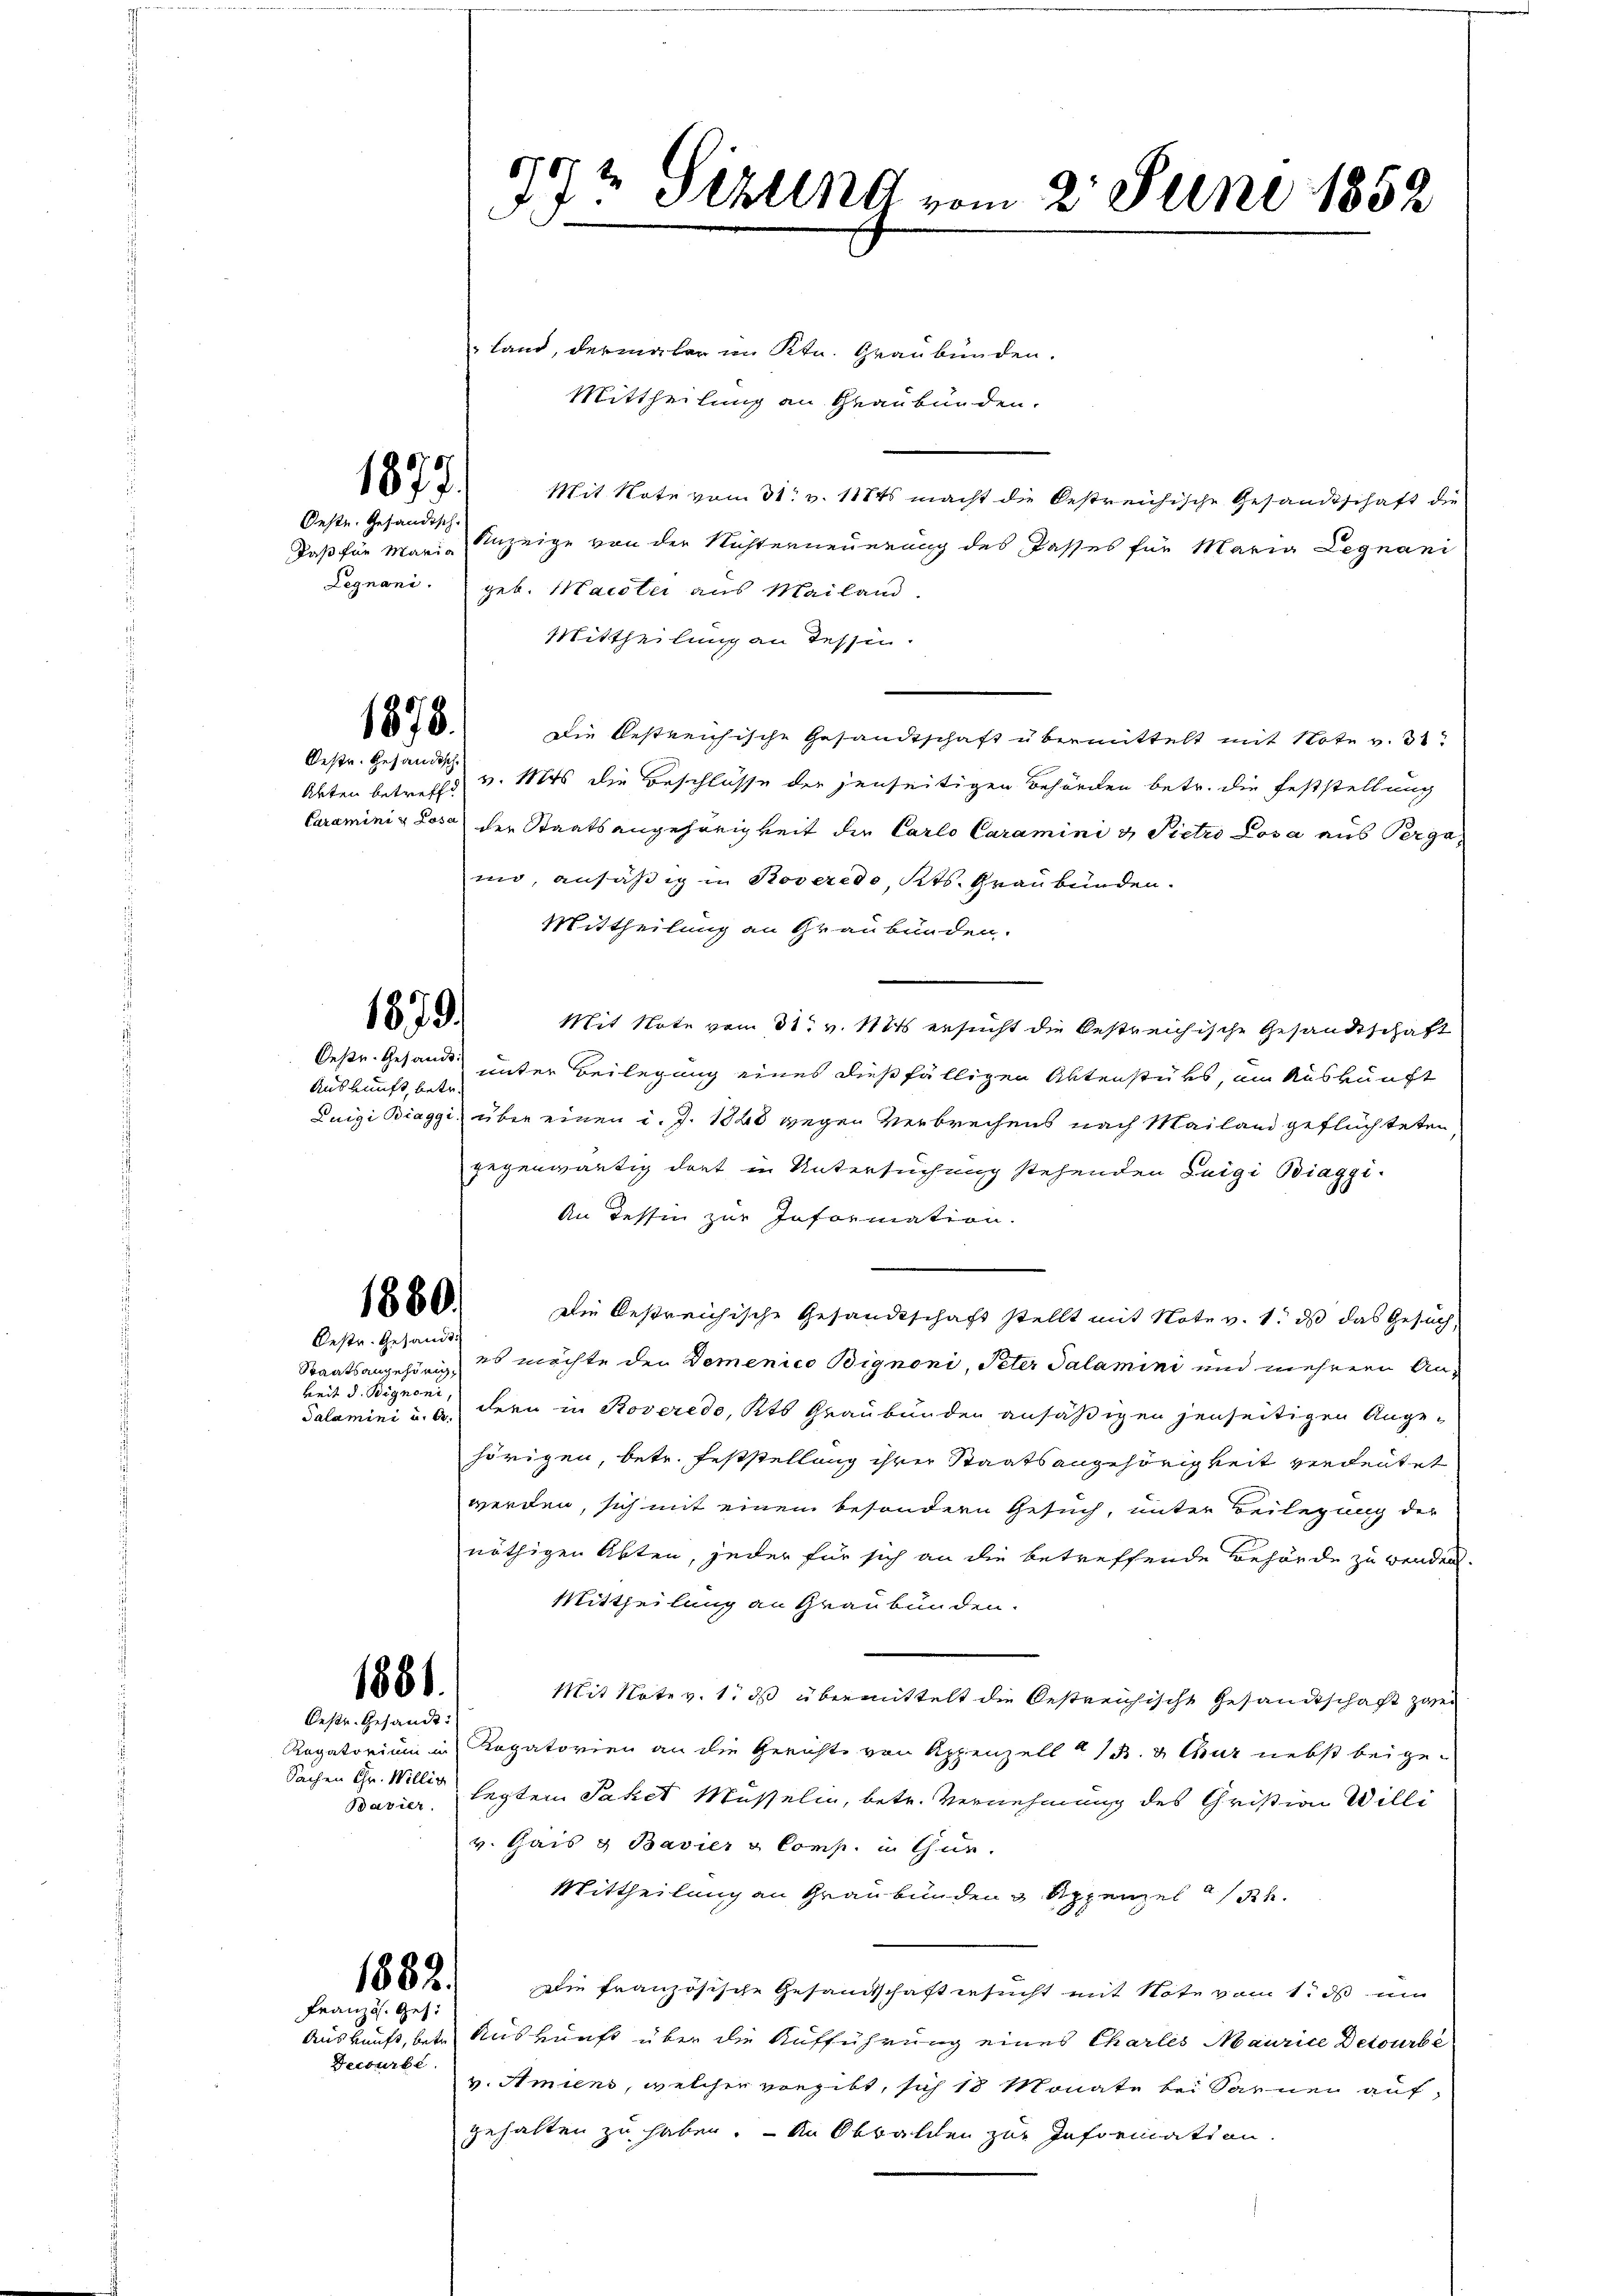
Land, dermater im Ktn. Graubünden.
Mittheilung an Graubünden.
Mit Note vom 31. v. 118ts macht die bestreichische Gesandtschaft die
Daß für Marie Anzeige von der Nichterneuerung des Kasses für Maria Legnani
Legnani. geb. Maister aus Mailand.
Mittheilung an Tessin.
Die bestreichische Gesandtschaft übermittelt mit Note v. 31
v. Mts. die Beschlüsse der jenseitigen Behörden betr. die Feststellung
Caraminis Lose der Staatsangehörigkeit die Carlo Caramini v. Pietro Losa aus Perga
mno, ansäßig in Roveredo, Kts. Graubünden.
Mittheilung an Graubünden.
Mit Note vom 31. v. 1121 ersucht die bestreichische Gesandtschaft
unter Beilegung eines dießfälligen Aktenstüks, im Auskunft
Luigi Biaggi, über einen d. J. 1848 wegen Verbrechens nach Mailand geflüchteten
gegenwärtig dort in Untersuchung stehenden Teigi Biaggi¬
An dessin zur Information.
1880.
Die bestreichische Gesandtschaft stellt mit Note v. 1. ds das Gesuch,
es möchte der Domenico Bignoni, Peter Salamini und mehrere An¬
Salamini u. a. dern in Roveredo, Kts Graubünden ansäßigen jenseitigen Ange-
hörigen, betr. Feststellung ihrer Staatsangehörigkeit verdeutet
werden, sich mit einem besondern Gesuch, unter Beilegung der
nöthigen Akten, jeder für sich an die betreffende Behörde zu werden.
Mittheilung an Graubünden.
Mit Note v. 1. ds übermittelt die Oestreichische Gesandtschaft zwei
Rogatorium in Rogatorien an die Gerichte von Appenzell " 13. 3. Chur nebst beige¬
Sachen Gr. Willig legten Paket Müsselin, betr. Vernehmung des Christian Willi
v. Gais & Bavier & Comp. in Gur.
Mittheilung an Graubünden Sippenzelh
Die französische Gesandtschaft besucht mit Note vom 1. ds um
Auskunft, betr. Auskunft über die Aufführung eines Chartes Maurice Detourbe
v. Amiens, welcher vergibt, sich 18 Monate bei Sarnen auf
gehalten zu haben. — An Obwalden zur Information.

1877.

Oeste Gesändisch-

1878.

Oestr. Gesandtsch
Akten betreffe

1879.

Desr. Gesandt.
Auskunft, betr.

Oestr. Gesandt

Staatsangehörig,
keit d. Bignoni,

1881.
Oestr. Gesandt:

Bavier

Decourbe

1882.
Französ. Ges.

678
1te Schlend vom 2. Juni 1852
J